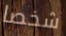
شخصا